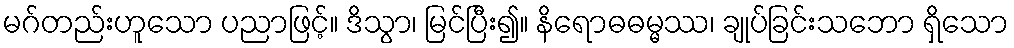
မဂ်တည်းဟူသော ပညာဖြင့်။ ဒိသွာ၊ မြင်ပြီး၍။ နိရောဓဓမ္မဿ၊ ချုပ်ခြင်းသဘော ရှိသော